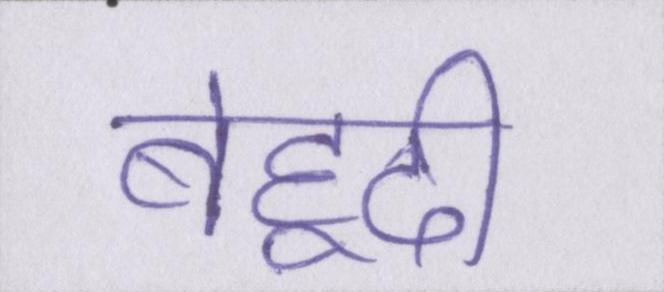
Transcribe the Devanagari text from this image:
बेहूदी